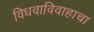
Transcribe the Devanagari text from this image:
विधवाविवाहाचा